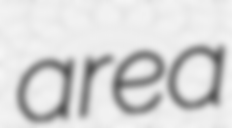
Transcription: area